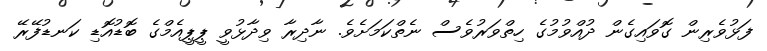
ފަޅުވެރިން ގޮވައިގެން ދުއްވުމުގެ ހިތްވަރުވެސް ނެތްކަމަށެވެ. ނާދިރާ ވިދާޅުވީ ޕީޕީއެމްގެ ބޮޑުއޮޑި ކަނޑުފޭރޭ